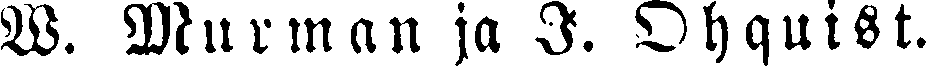
W. Murman ja I. Ohquist.